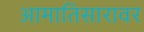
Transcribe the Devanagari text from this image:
आमातिसारावर